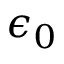
\epsilon _ { 0 }